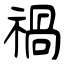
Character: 禍